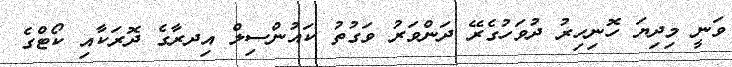
ވަނީ މިދިޔަ ހޮނިހިރު ދުވަހުގެރޭ ދަންވަރު ވަގުތު ކައުންސިލް އިދރާގެ ދޮރަކާއި ކޯޓްގެ